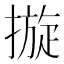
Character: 𢳄